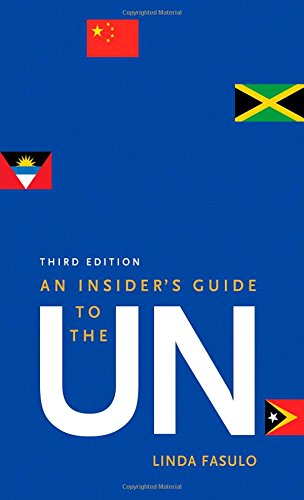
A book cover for An Insider's Guide to the UN: Third Edition; Linda Fasulo; Law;